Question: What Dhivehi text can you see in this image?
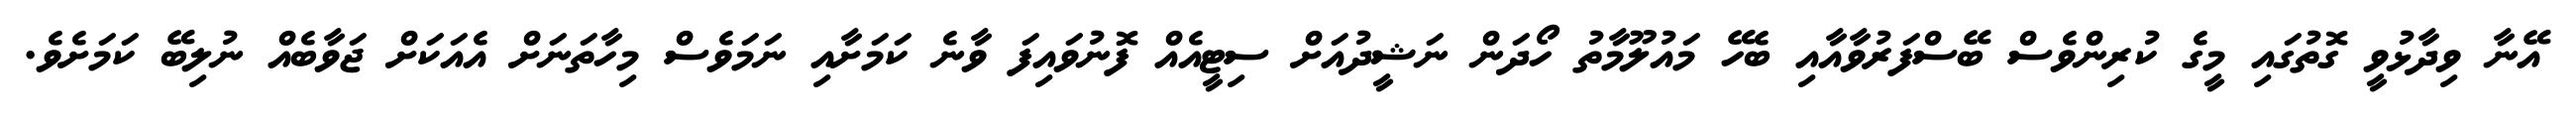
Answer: އޭނާ ވިދާޅުވީ ގޮތުގައި މީގެ ކުރިންވެސް ބޭސްފަރުވާއާއި ބެހޭ މައުލޫމާތު ހޯދަން ނަޝީދުއަށް ސިޓީއެއް ފޮނުވައިފަ ވާނެ ކަމަށާއި ނަމަވެސް މިހާތަނަށް އެއަކަށް ޖަވާބެއް ނުލިބޭ ކަމަށެވެ.